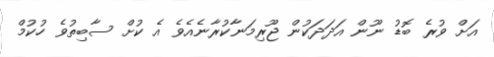
އަށް ވުރެ ބޮޑު ނޫން އަދަދަކުން ޖޫރިމަނާކުރާނެއެވެ އެ ކުށް ސާބިތުވެ ހުކުމް